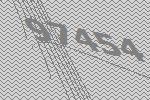
97454